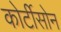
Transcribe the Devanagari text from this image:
कोर्टीसोन